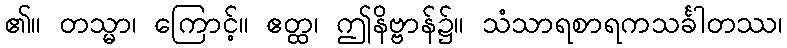
၏။ တသ္မာ၊ ကြောင့်။ ဧတ္ထ၊ ဤနိဗ္ဗာန်၌။ သံသာရစာရကသင်္ခါတဿ၊